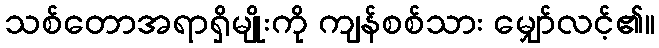
သစ်တောအရာရှိမျိုးကို ကျန်စစ်သား မျှော်လင့်၏။